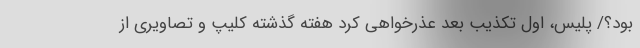
بود؟/ پلیس، اول تکذیب بعد عذرخواهی کرد هفته گذشته کلیپ و تصاویری از